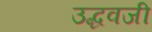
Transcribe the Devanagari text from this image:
उद्धवजी